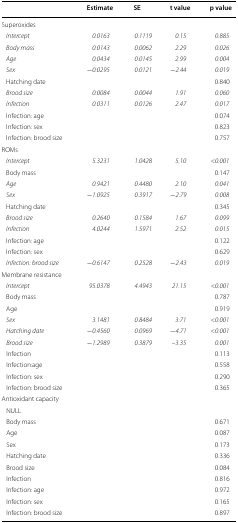
<table><thead><tr><td></td><td><b>Estimate</b></td><td><b>SE</b></td><td><b>t value</b></td><td><b>p value</b></td></tr></thead><tbody><tr><td>Superoxides</td><td></td><td></td><td></td><td></td></tr><tr><td> <i>Intercept</i></td><td><i>0.0163</i></td><td><i>0.1119</i></td><td><i>0.15</i></td><td><i>0.885</i></td></tr><tr><td> <i>Body mass</i></td><td><i>0.0143</i></td><td><i>0.0062</i></td><td><i>2.29</i></td><td><i>0.026</i></td></tr><tr><td> <i>Age</i></td><td><i>0.0434</i></td><td><i>0.0145</i></td><td><i>2.99</i></td><td><i>0.004</i></td></tr><tr><td> <i>Sex</i></td><td>−<i>0.0295</i></td><td><i>0.0121</i></td><td>−<i>2.44</i></td><td><i>0.019</i></td></tr><tr><td> Hatching date</td><td></td><td></td><td></td><td>0.840</td></tr><tr><td> <i>Brood size</i></td><td><i>0.0084</i></td><td><i>0.0044</i></td><td><i>1.91</i></td><td><i>0.060</i></td></tr><tr><td> <i>Infection</i></td><td><i>0.0311</i></td><td><i>0.0126</i></td><td><i>2.47</i></td><td><i>0.017</i></td></tr><tr><td> Infection: age</td><td></td><td></td><td></td><td>0.074</td></tr><tr><td> Infection: sex</td><td></td><td></td><td></td><td>0.823</td></tr><tr><td> Infection: brood size</td><td></td><td></td><td></td><td>0.757</td></tr><tr><td colspan="5">ROMs</td></tr><tr><td> <i>Intercept</i></td><td><i>5.3231</i></td><td><i>1.0428</i></td><td><i>5.10</i></td><td>&lt;<i>0.001</i></td></tr><tr><td> Body mass</td><td></td><td></td><td></td><td>0.147</td></tr><tr><td> <i>Age</i></td><td><i>0.9421</i></td><td><i>0.4480</i></td><td><i>2.10</i></td><td><i>0.041</i></td></tr><tr><td> <i>Sex</i></td><td>−<i>1.0925</i></td><td><i>0.3917</i></td><td>−<i>2.79</i></td><td><i>0.008</i></td></tr><tr><td> Hatching date</td><td></td><td></td><td></td><td>0.345</td></tr><tr><td> <i>Brood size</i></td><td><i>0.2640</i></td><td><i>0.1584</i></td><td><i>1.67</i></td><td><i>0.099</i></td></tr><tr><td> <i>Infection</i></td><td><i>4.0244</i></td><td><i>1.5971</i></td><td><i>2.52</i></td><td><i>0.015</i></td></tr><tr><td> Infection: age</td><td></td><td></td><td></td><td>0.122</td></tr><tr><td> Infection: sex</td><td></td><td></td><td></td><td>0.629</td></tr><tr><td> <i>Infection: brood size</i></td><td>−<i>0.6147</i></td><td><i>0.2528</i></td><td>−<i>2.43</i></td><td><i>0.019</i></td></tr><tr><td colspan="5">Membrane resistance</td></tr><tr><td> <i>Intercept</i></td><td><i>95.0378</i></td><td><i>4.4943</i></td><td><i>21.15</i></td><td>&lt;<i>0.001</i></td></tr><tr><td> Body mass</td><td></td><td></td><td></td><td>0.787</td></tr><tr><td> Age</td><td></td><td></td><td></td><td>0.919</td></tr><tr><td> <i>Sex</i></td><td><i>3.1481</i></td><td><i>0.8484</i></td><td><i>3.71</i></td><td>&lt;<i>0.001</i></td></tr><tr><td> <i>Hatching date</i></td><td>−<i>0.4560</i></td><td><i>0.0969</i></td><td>−<i>4.71</i></td><td>&lt;<i>0.001</i></td></tr><tr><td> <i>Brood size</i></td><td>−<i>1.2989</i></td><td><i>0.3879</i></td><td>–<i>3.35</i></td><td><i>0.001</i></td></tr><tr><td> Infection</td><td></td><td></td><td></td><td>0.113</td></tr><tr><td> Infection:age</td><td></td><td></td><td></td><td>0.558</td></tr><tr><td> Infection: sex</td><td></td><td></td><td></td><td>0.290</td></tr><tr><td> Infection: brood size</td><td></td><td></td><td></td><td>0.365</td></tr><tr><td colspan="5">Antioxidant capacity</td></tr><tr><td> NULL</td><td></td><td></td><td></td><td></td></tr><tr><td> Body mass</td><td></td><td></td><td></td><td>0.671</td></tr><tr><td> Age</td><td></td><td></td><td></td><td>0.087</td></tr><tr><td> Sex</td><td></td><td></td><td></td><td>0.173</td></tr><tr><td> Hatching date</td><td></td><td></td><td></td><td>0.336</td></tr><tr><td> Brood size</td><td></td><td></td><td></td><td>0.084</td></tr><tr><td> Infection</td><td></td><td></td><td></td><td>0.816</td></tr><tr><td> Infection: age</td><td></td><td></td><td></td><td>0.972</td></tr><tr><td> Infection: sex</td><td></td><td></td><td></td><td>0.165</td></tr><tr><td> Infection: brood size</td><td></td><td></td><td></td><td>0.897</td></tr></tbody></table>